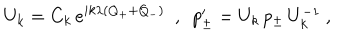
U _ { k } = C _ { k } \, e ^ { i k \lambda ( Q _ { + } + Q _ { - } ) } \ \ , \ \ p _ { \pm } ^ { \prime } = U _ { k } \, p _ { \pm } \, U _ { k } ^ { - 1 } \ ,